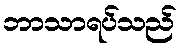
ဘာသာရပ်သည်